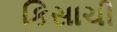
કિસાચી